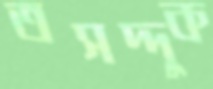
তসদ্দুক